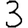
Digit: 3